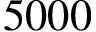
5 0 0 0